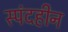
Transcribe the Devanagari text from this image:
स्पंदहीन